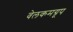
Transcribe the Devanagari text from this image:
वेलकमग्रूप